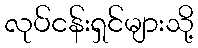
လုပ်ငန်းရှင်များသို့